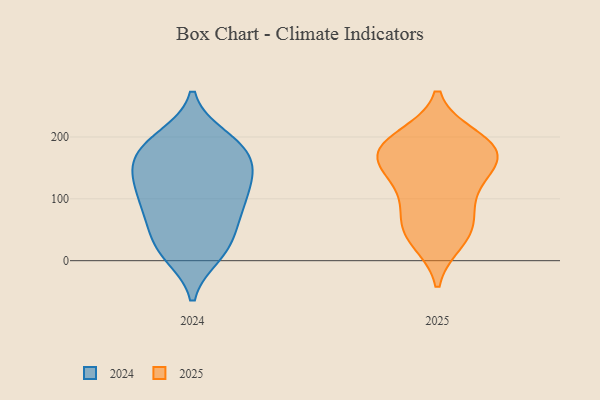
{"axis": {"x": "Operating Costs (USD K)", "y": "Value"}, "legend": ["2024", "2025"], "data": [{"x": "", "y": 33, "type": "2025"}, {"x": "", "y": 198, "type": "2025"}, {"x": "", "y": 127, "type": "2025"}, {"x": "", "y": 45, "type": "2025"}, {"x": "", "y": 171, "type": "2025"}, {"x": "", "y": 189, "type": "2025"}, {"x": "", "y": 76, "type": "2025"}, {"x": "", "y": 182, "type": "2025"}, {"x": "", "y": 53, "type": "2025"}, {"x": "", "y": 180, "type": "2025"}, {"x": "", "y": 151, "type": "2025"}, {"x": "", "y": 109, "type": "2025"}, {"x": "", "y": 162, "type": "2025"}, {"x": "", "y": 116, "type": "2024"}, {"x": "", "y": 156, "type": "2024"}, {"x": "", "y": 30, "type": "2024"}, {"x": "", "y": 66, "type": "2024"}, {"x": "", "y": 81, "type": "2024"}, {"x": "", "y": 15, "type": "2024"}, {"x": "", "y": 178, "type": "2024"}, {"x": "", "y": 21, "type": "2024"}, {"x": "", "y": 187, "type": "2024"}, {"x": "", "y": 120, "type": "2024"}, {"x": "", "y": 125, "type": "2024"}, {"x": "", "y": 143, "type": "2024"}, {"x": "", "y": 174, "type": "2024"}, {"x": "", "y": 81, "type": "2024"}, {"x": "", "y": 10, "type": "2024"}, {"x": "", "y": 192, "type": "2024"}, {"x": "", "y": 142, "type": "2024"}, {"x": "", "y": 199, "type": "2024"}, {"x": "", "y": 79, "type": "2024"}]}